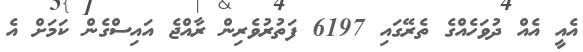
އެއީ އެއް ދުވަހެއްގެ ތެރޭގައި 6197 ފަތުރުވެރިން ރާއްޖެ އައިސްގެން ކަމަށް އެ